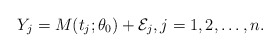
\begin{align*}Y_{j}=M(t_{j};\theta_{0})+\mathcal{E}_{j}, j=1,2,\ldots,n.\end{align*}